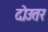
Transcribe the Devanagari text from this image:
दोउतर